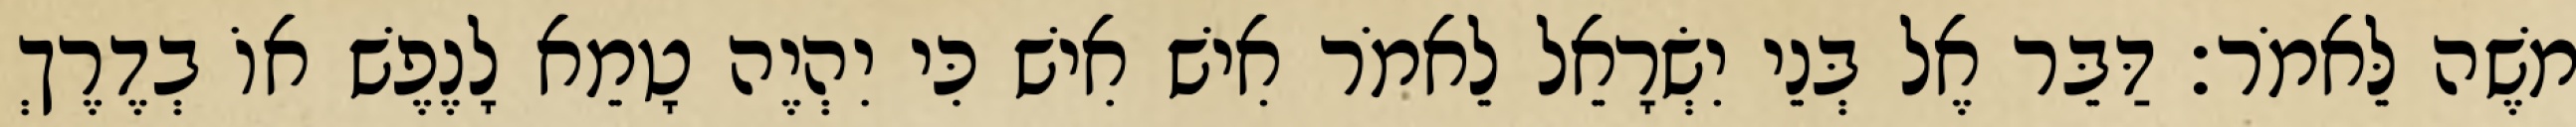
משֶׁה לֵּאמֹר׃ דַּבֵּר אֶל בְּנֵי יִשְׂרָאֵל לֵאמֹר אִישׁ אִישׁ כִּי יִהְיֶה טָמֵא לָנֶפֶשׁ אוֹ בְדֶרֶךְ